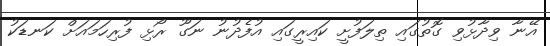
އޭނާ ވިދާޅުވި ގޮތުގައި ތިލަފުށީ ކައިރީގައި އުފެދުނު ނަގޫ ރޯޅި ފުރިހަމައަށް ކަނޑަކު